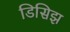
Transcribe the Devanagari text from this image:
डिसिझ